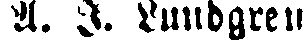
A. I. Lundgren.